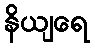
နိယျရေ